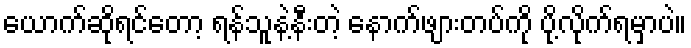
ယောက်ဆိုရင်တော့ ရန်သူနဲ့နီးတဲ့ နောက်ဖျားတပ်ကို ပို့လိုက်ရမှာပဲ။